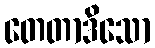
တေတာဒိသော